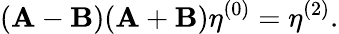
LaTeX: (\mathbf{A}-\mathbf{B})(\mathbf{A}+\mathbf{B})\mathbf{\eta}^{(0)}=\mathbf{\eta}^{(2)}.